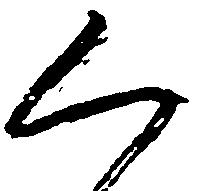
く